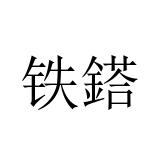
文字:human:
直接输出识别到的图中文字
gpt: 铁鎝